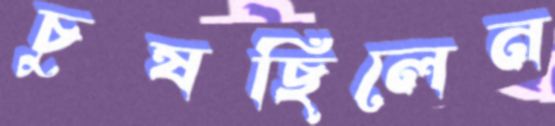
চুষছিলেন